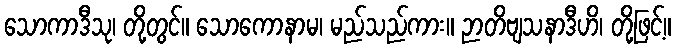
သောကာဒီသု၊ တို့တွင်။ သောကောနာမ၊ မည်သည်ကား။ ဉာတိဗျသနာဒီဟိ၊ တို့ဖြင့်။